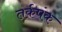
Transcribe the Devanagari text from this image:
तर्कपंक